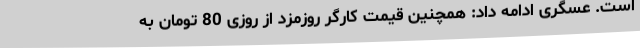
است. عسگری ادامه داد: همچنین قیمت کارگر روزمزد از روزی 80 تومان به